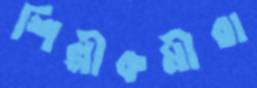
শিল্পীকর্মীরা